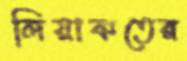
লিয়াকতের